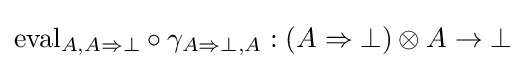
\mathrm {eval} _{A,A\Rightarrow \bot }\circ \gamma _{A\Rightarrow \bot ,A}:(A\Rightarrow \bot )\otimes A\to \bot